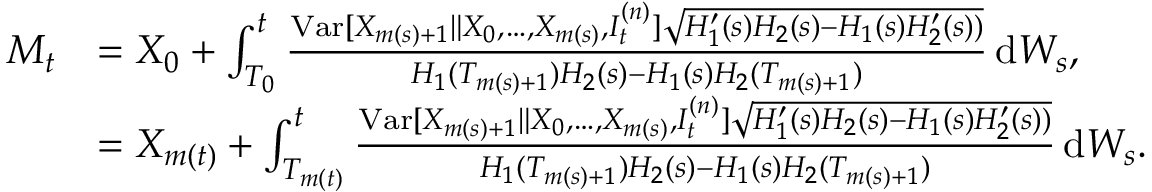
\begin{array} { r l } { M _ { t } } & { = X _ { 0 } + \int _ { T _ { 0 } } ^ { t } \frac { \mathrm { V a r } [ X _ { m ( s ) + 1 } \| X _ { 0 } , \ldots , X _ { m ( s ) } , I _ { t } ^ { ( n ) } ] \sqrt { H _ { 1 } ^ { \prime } ( s ) H _ { 2 } ( s ) - H _ { 1 } ( s ) H _ { 2 } ^ { \prime } ( s ) ) } } { H _ { 1 } ( T _ { m ( s ) + 1 } ) H _ { 2 } ( s ) - H _ { 1 } ( s ) H _ { 2 } ( T _ { m ( s ) + 1 } ) } \, \mathrm { d } W _ { s } , } \\ & { = X _ { m ( t ) } + \int _ { T _ { m ( t ) } } ^ { t } \frac { \mathrm { V a r } [ X _ { m ( s ) + 1 } \| X _ { 0 } , \ldots , X _ { m ( s ) } , I _ { t } ^ { ( n ) } ] \sqrt { H _ { 1 } ^ { \prime } ( s ) H _ { 2 } ( s ) - H _ { 1 } ( s ) H _ { 2 } ^ { \prime } ( s ) ) } } { H _ { 1 } ( T _ { m ( s ) + 1 } ) H _ { 2 } ( s ) - H _ { 1 } ( s ) H _ { 2 } ( T _ { m ( s ) + 1 } ) } \, \mathrm { d } W _ { s } . } \end{array}